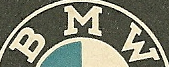
BMW